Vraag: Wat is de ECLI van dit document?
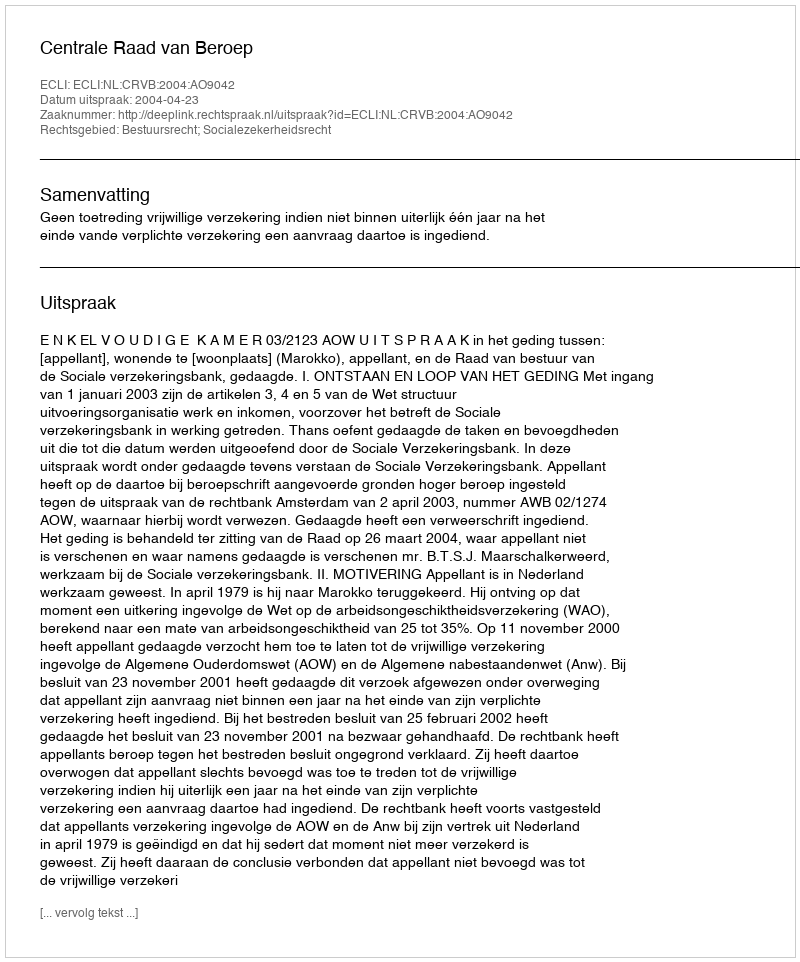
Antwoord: ECLI:NL:CRVB:2004:AO9042